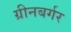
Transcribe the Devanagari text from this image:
ग्रीनबर्गर